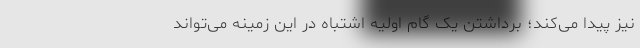
نیز پیدا می‌کند؛ برداشتن یک گام اولیه اشتباه در این زمینه می‌تواند